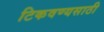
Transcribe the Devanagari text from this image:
टिकवण्यसाठी